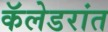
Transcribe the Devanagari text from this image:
कॅलेडरांत